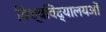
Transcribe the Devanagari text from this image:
विश्वविद्यालयओं